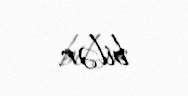
bilər.